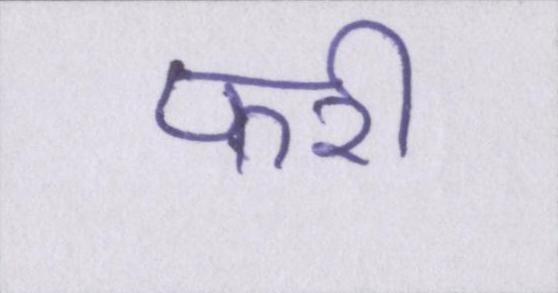
फरी